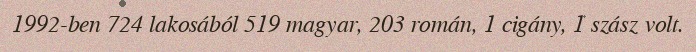
1992-ben 724 lakosából 519 magyar, 203 román, 1 cigány, 1 szász volt.